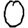
Digit: 0